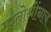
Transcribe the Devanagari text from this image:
मातोश्रींनाच